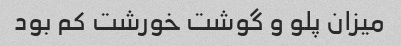
میزان پلو و گوشت خورشت کم بود